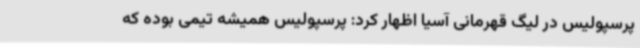
پرسپولیس در لیگ قهرمانی آسیا اظهار کرد: پرسپولیس همیشه تیمی بوده که